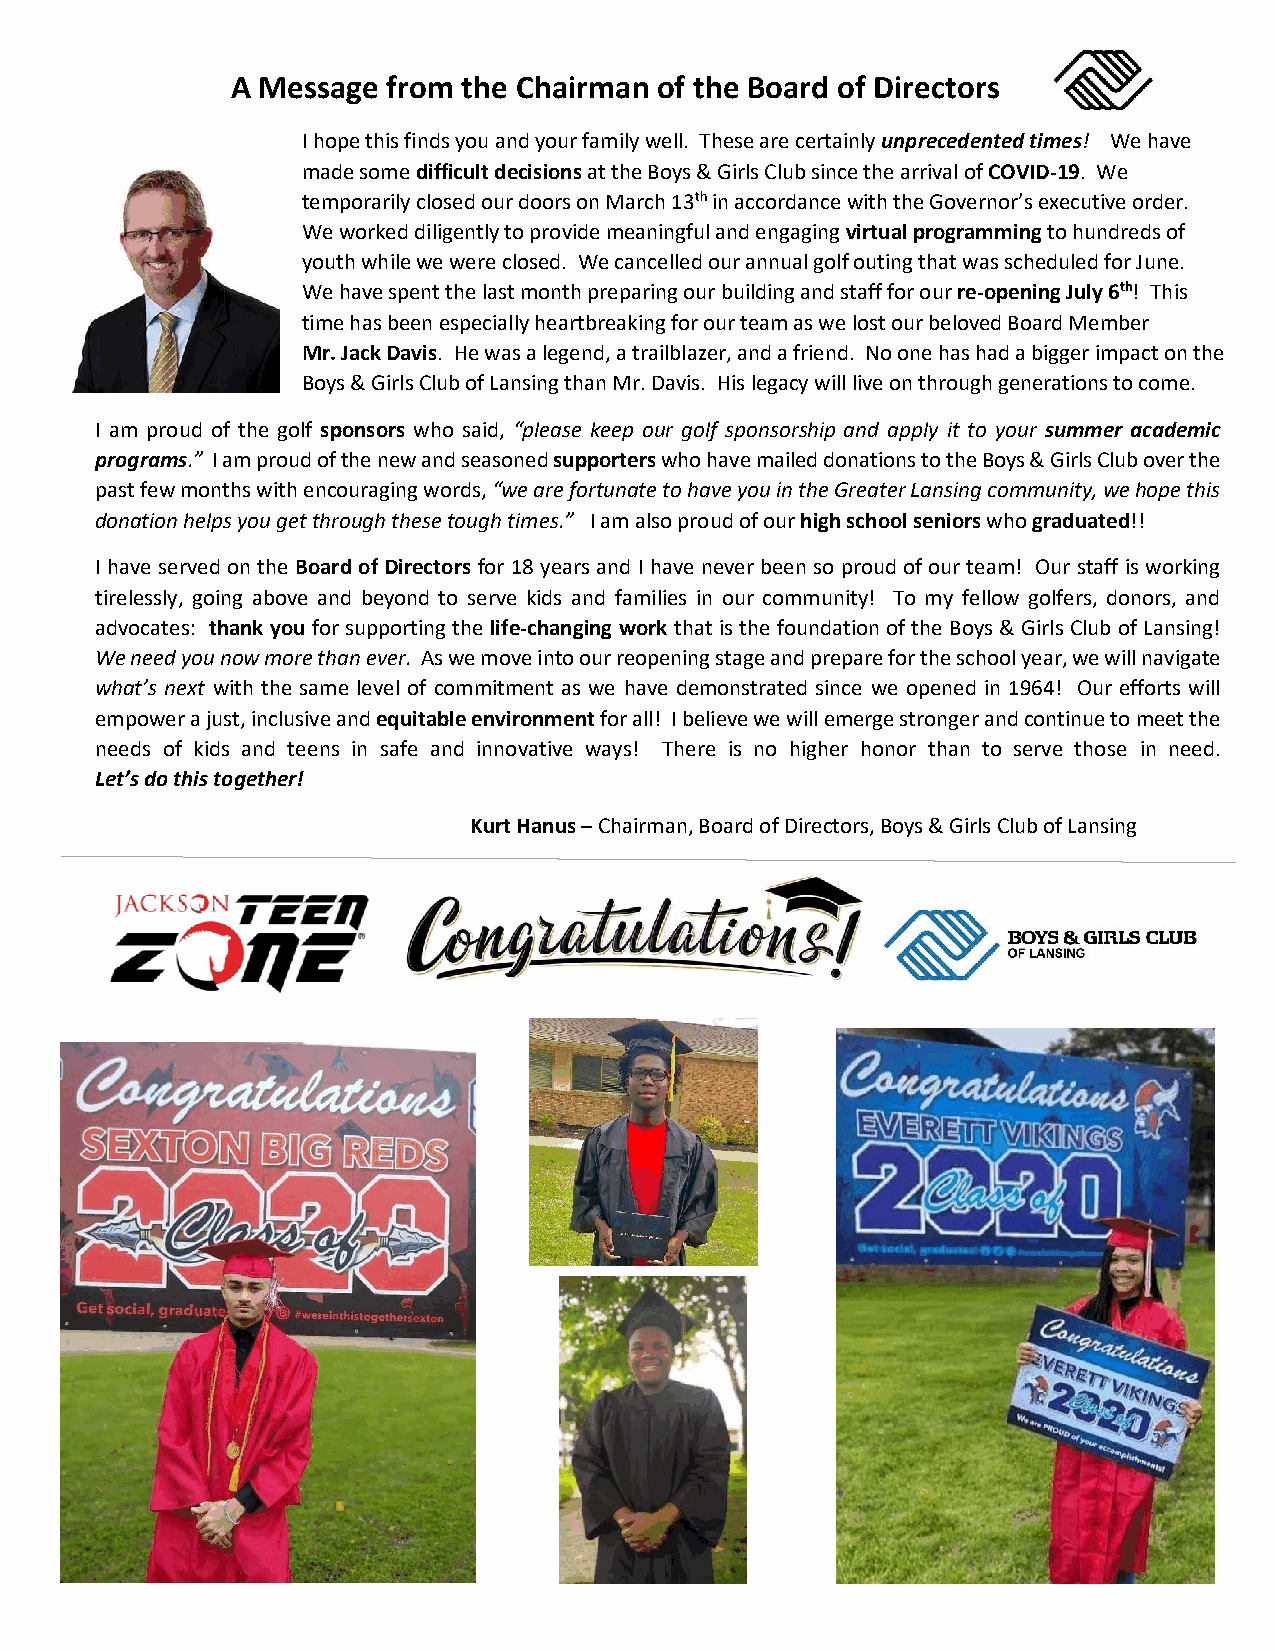
A Message  from the Chairman of the Board of Directors
 I hope this finds you and your family well. These are certainly unprecedented times! We have
 made some difficult decisions at the Boys & Girls Club since the arrival of COVID-19. We
 temporarily closed our doors on March 13th in accordance with the Governor’s executive order.
 We worked diligently to provide meaningful and engaging virtual programming to hundreds of
 youth while we were closed. We cancelled our annual golf outing that was scheduled for June.
 We have spent the last month preparing our building and staff for our re-opening July 6th! This
 time has been especially heartbreaking for our team as we lost our beloved Board Member
 Mr. Jack Davis. He was a legend, a trailblazer, and a friend. No one has had a bigger impact on the
 Boys & Girls Club of Lansing than Mr. Davis. His legacy will live on through generations to come.
 I am proud of the golf sponsors who said, “please keep our golf sponsorship and apply it to your summer academic
 programs.” I am proud of the new and seasoned supporters who have mailed donations to the Boys & Girls Club over the
 past few months with encouraging words, “we are fortunate to have you in the Greater Lansing community, we hope this
 donation helps you get through these tough times.” I am also proud of our high school seniors who graduated!!
 I have served on the Board of Directors for 18 years and I have never been so proud of our team! Our staff is working
 tirelessly, going above and beyond to serve kids and families in our community! To my fellow golfers, donors, and
 advocates: thank you for supporting the life-changing work that is the foundation of the Boys & Girls Club of Lansing!
 We need you now more than ever. As we move into our reopening stage and prepare for the school year, we will navigate
 what’s next with the same level of commitment as we have demonstrated since we opened in 1964! Our efforts will
 empower a just, inclusive and equitable environment for all! I believe we will emerge stronger and continue to meet the
 needs of kids and teens in safe and innovative ways! There is no higher honor than to serve those in need.
 Let’s do this together!
 Kurt Hanus – Chairman, Board of Directors, Boys & Girls Club of Lansing